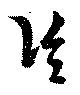
治